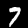
Digit: 7